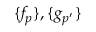
\{ f _ { p } \} , \{ g _ { p ^ { \prime } } \}